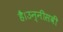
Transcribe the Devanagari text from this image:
है।उन्नीसवीं